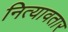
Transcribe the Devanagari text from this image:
नित्यावतार